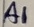
Text: A1